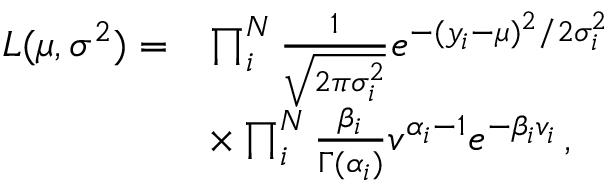
\begin{array} { r l } { L ( \mu , \boldsymbol { \sigma ^ { 2 } } ) = } & { \prod _ { i } ^ { N } \frac { 1 } { \sqrt { 2 \pi \sigma _ { i } ^ { 2 } } } e ^ { - ( y _ { i } - \mu ) ^ { 2 } / 2 \sigma _ { i } ^ { 2 } } } \\ & { \times \prod _ { i } ^ { N } \frac { \beta _ { i } } { \Gamma ( \alpha _ { i } ) } v ^ { \alpha _ { i } - 1 } e ^ { - \beta _ { i } v _ { i } } \, , } \end{array}